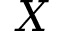
X